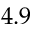
4 . 9